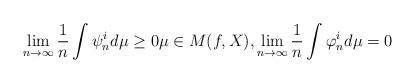
LaTeX: \begin{align*}\lim _{n \rightarrow \infty} \frac{1}{n} \int\psi_{n}^i d \mu\geq 0 \mu\in M(f,X), \lim _{n \rightarrow \infty} \frac{1}{n} \int\varphi_{n}^i d \mu= 0\end{align*}